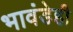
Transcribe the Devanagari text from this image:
भावंडेही